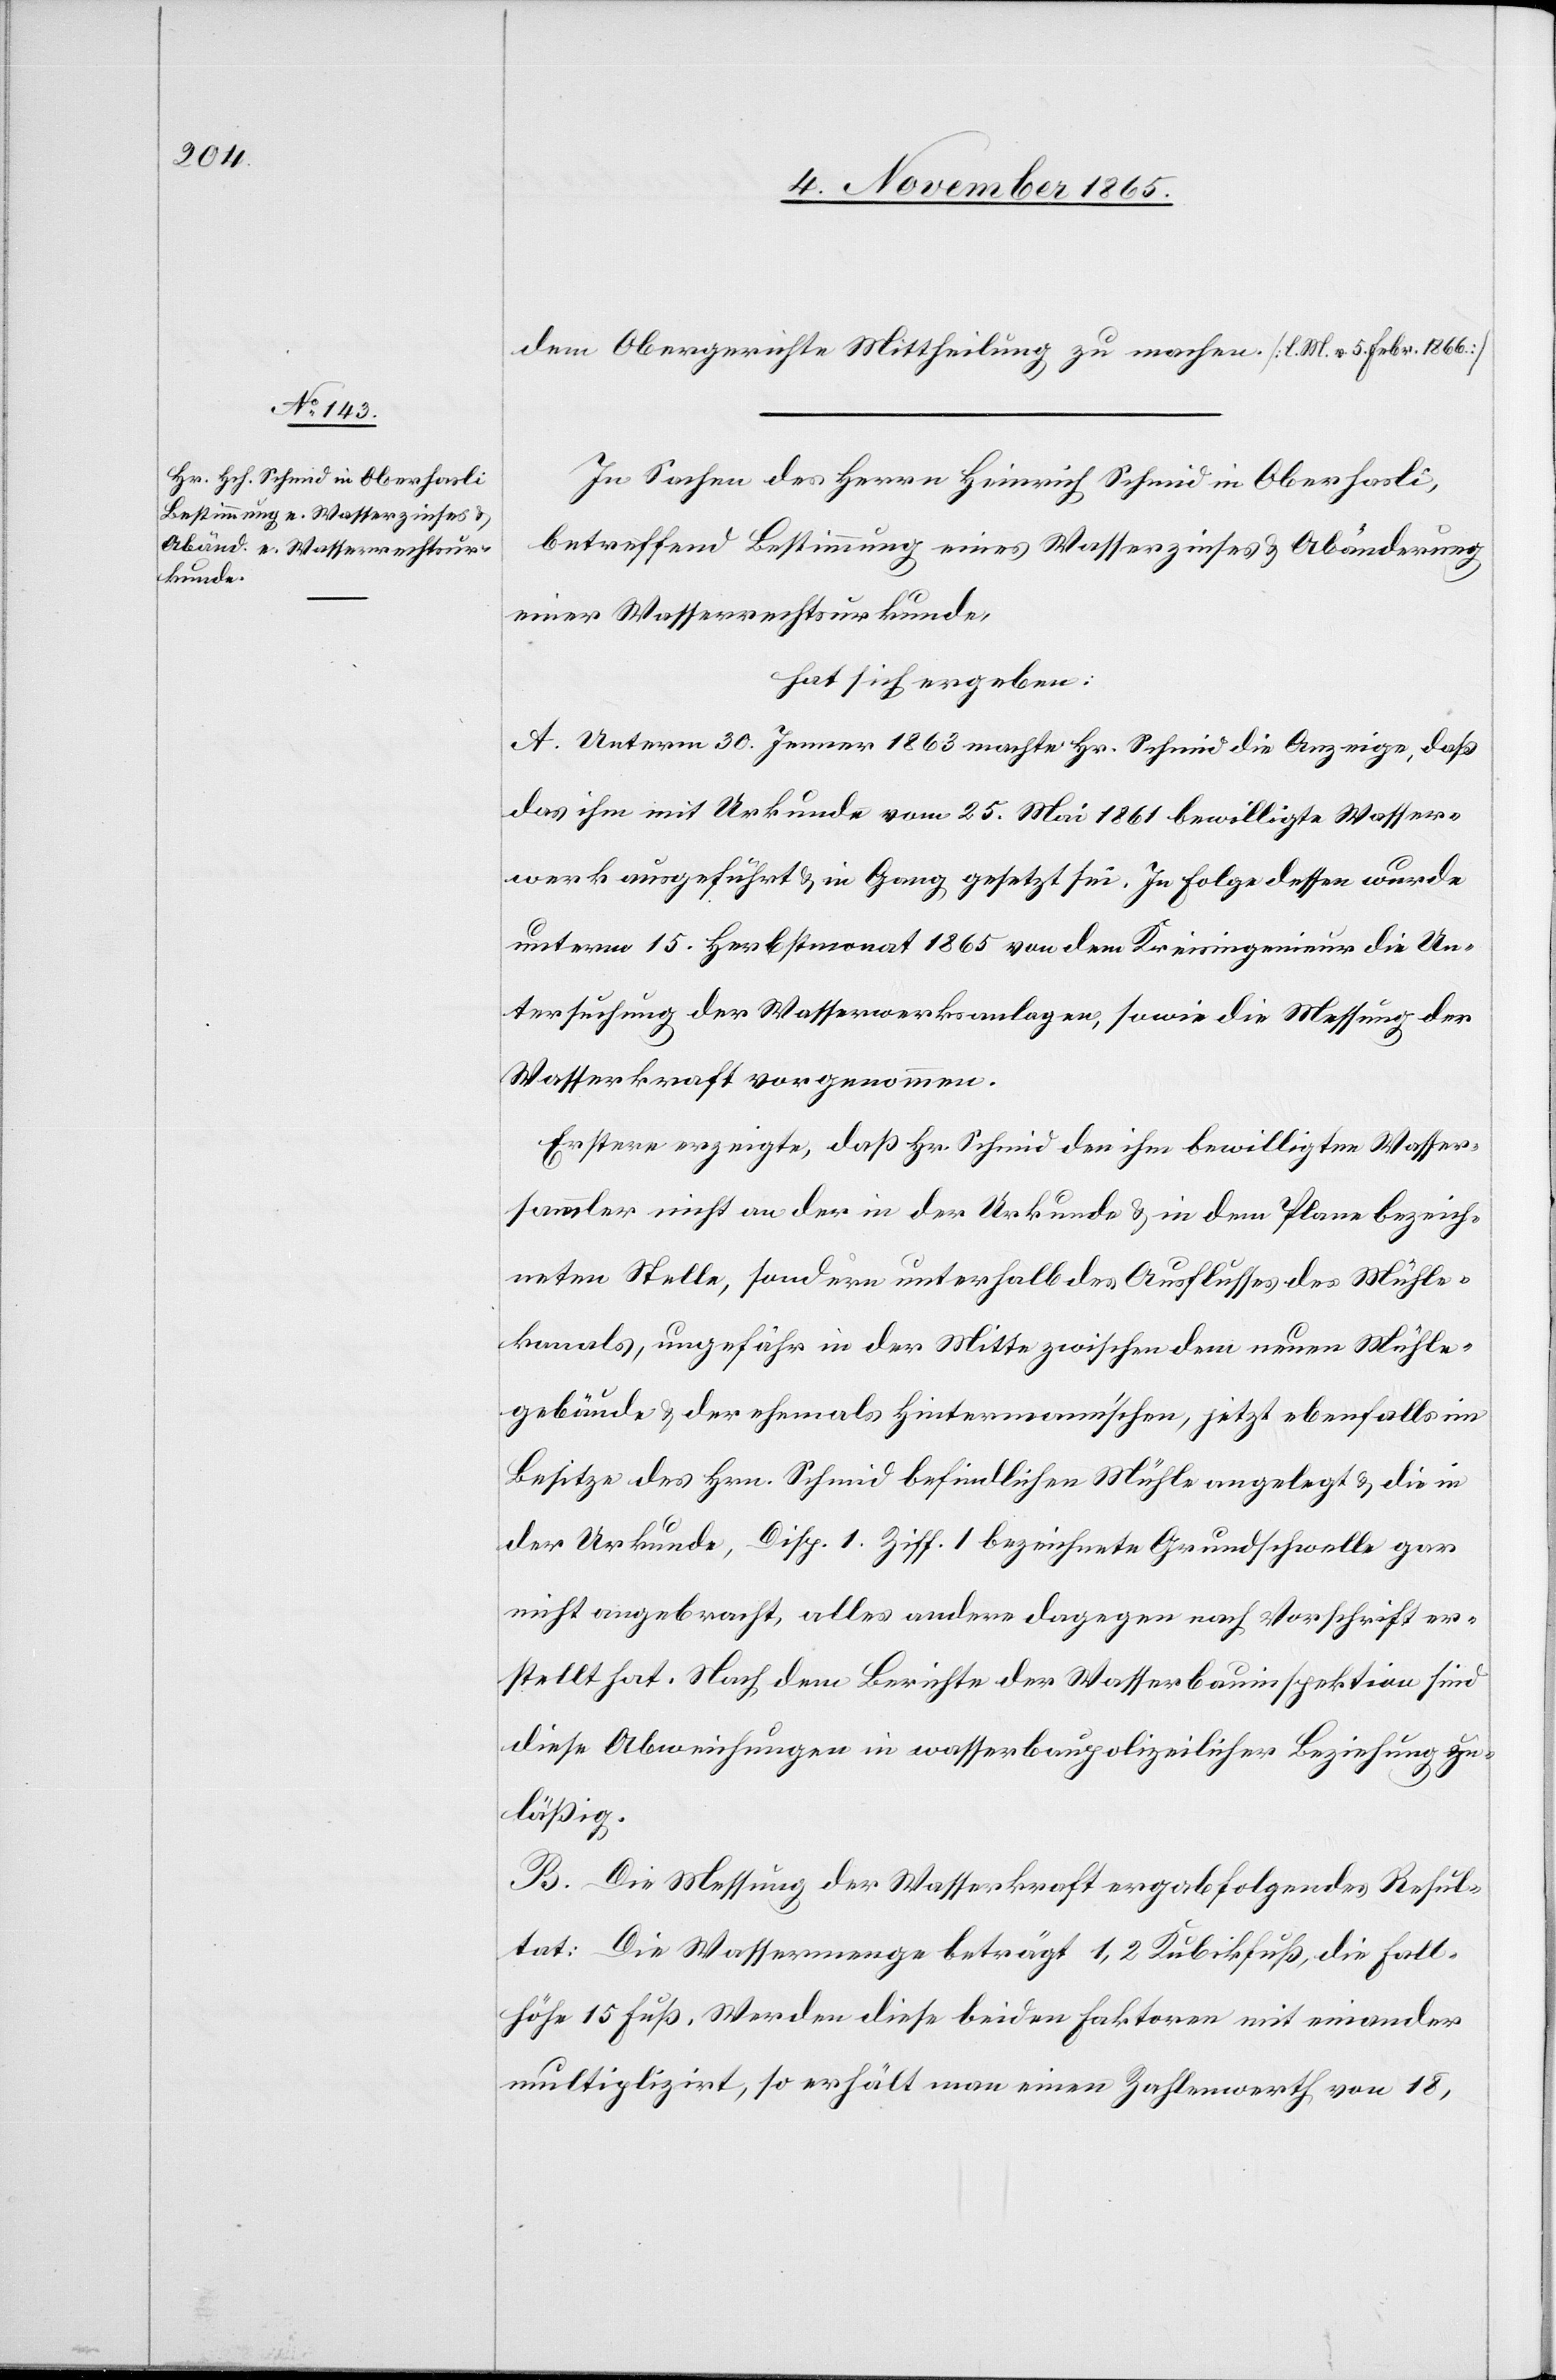
dem Obergerichte Mittheilung zu machen. [l. M. v. 5. Febr. 1866]
In Sachen des Herrn Heinrich Schmid in Oberhasli,
betreffend Bestimmung eines Wasserzinses & Abänderung
einer Wasserrechtsurkunde,
hat sich ergeben:
A. Unterm 30. Januar 1863 machte Hr. Schmid die Anzeige, daß
das ihm mit Urkunde vom 25. Mai 1861 bewilligte Wasser¬
werk ausgeführt & in Gang gesetzt sei. In Folge dessen wurde
unterm 15. Herbstmonat 1865 von dem Kreisingenieur die Un¬
tersuchung der Wasserwerksanlagen, sowie die Messung der
Wasserkraft vorgenommen.
Erstere erzeigte, daß Hr. Schmid den ihm bewilligten Wasser¬
sammler nicht an der in der Urkunde & in dem Plane bezeich¬
neten Stelle, sondern unterhalb des Ausflusses des Mühle¬
kanals, ungefähr in der Mitte zwischen dem neuen Mühle¬
gebäude & der ehemals Hintermann’schen, jetzt ebenfalls im
Besitze des Hrn. Schmid befindlichen Mühle angelegt & die in
der Urkunde, Disp. 1 Ziff. 1 bezeichnete Grundschwelle gar
nicht angebracht, alles andere dagegen nach Vorschrift er¬
stellt hat. Nach dem Berichte der Wasserbauinspektion sind
diese Abweichungen in wasserbaupolizeilicher Beziehung zu¬
läßig.
B. Die Messung der Wasserkraft ergab folgendes Resul¬
tat: Die Wassermenge beträgt 1,2 Kubikfuß, die Fall¬
höhe 15 Fuß. Werden diese beiden Faktoren mit einander
multiplizirt, so erhält man einen Zahlenwert von 18,